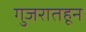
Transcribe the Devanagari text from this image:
गुजरातहून